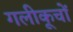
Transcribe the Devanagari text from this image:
गलीकूचों